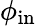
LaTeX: \phi_{\textrm{in}}